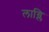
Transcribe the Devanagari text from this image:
लाग्लि